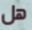
هل